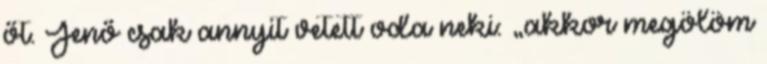
őt. Jenő csak annyit vetett oda neki: „akkor megölöm